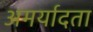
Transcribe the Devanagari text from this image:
अमर्यादता